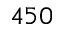
4 5 0